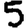
Digit: 5